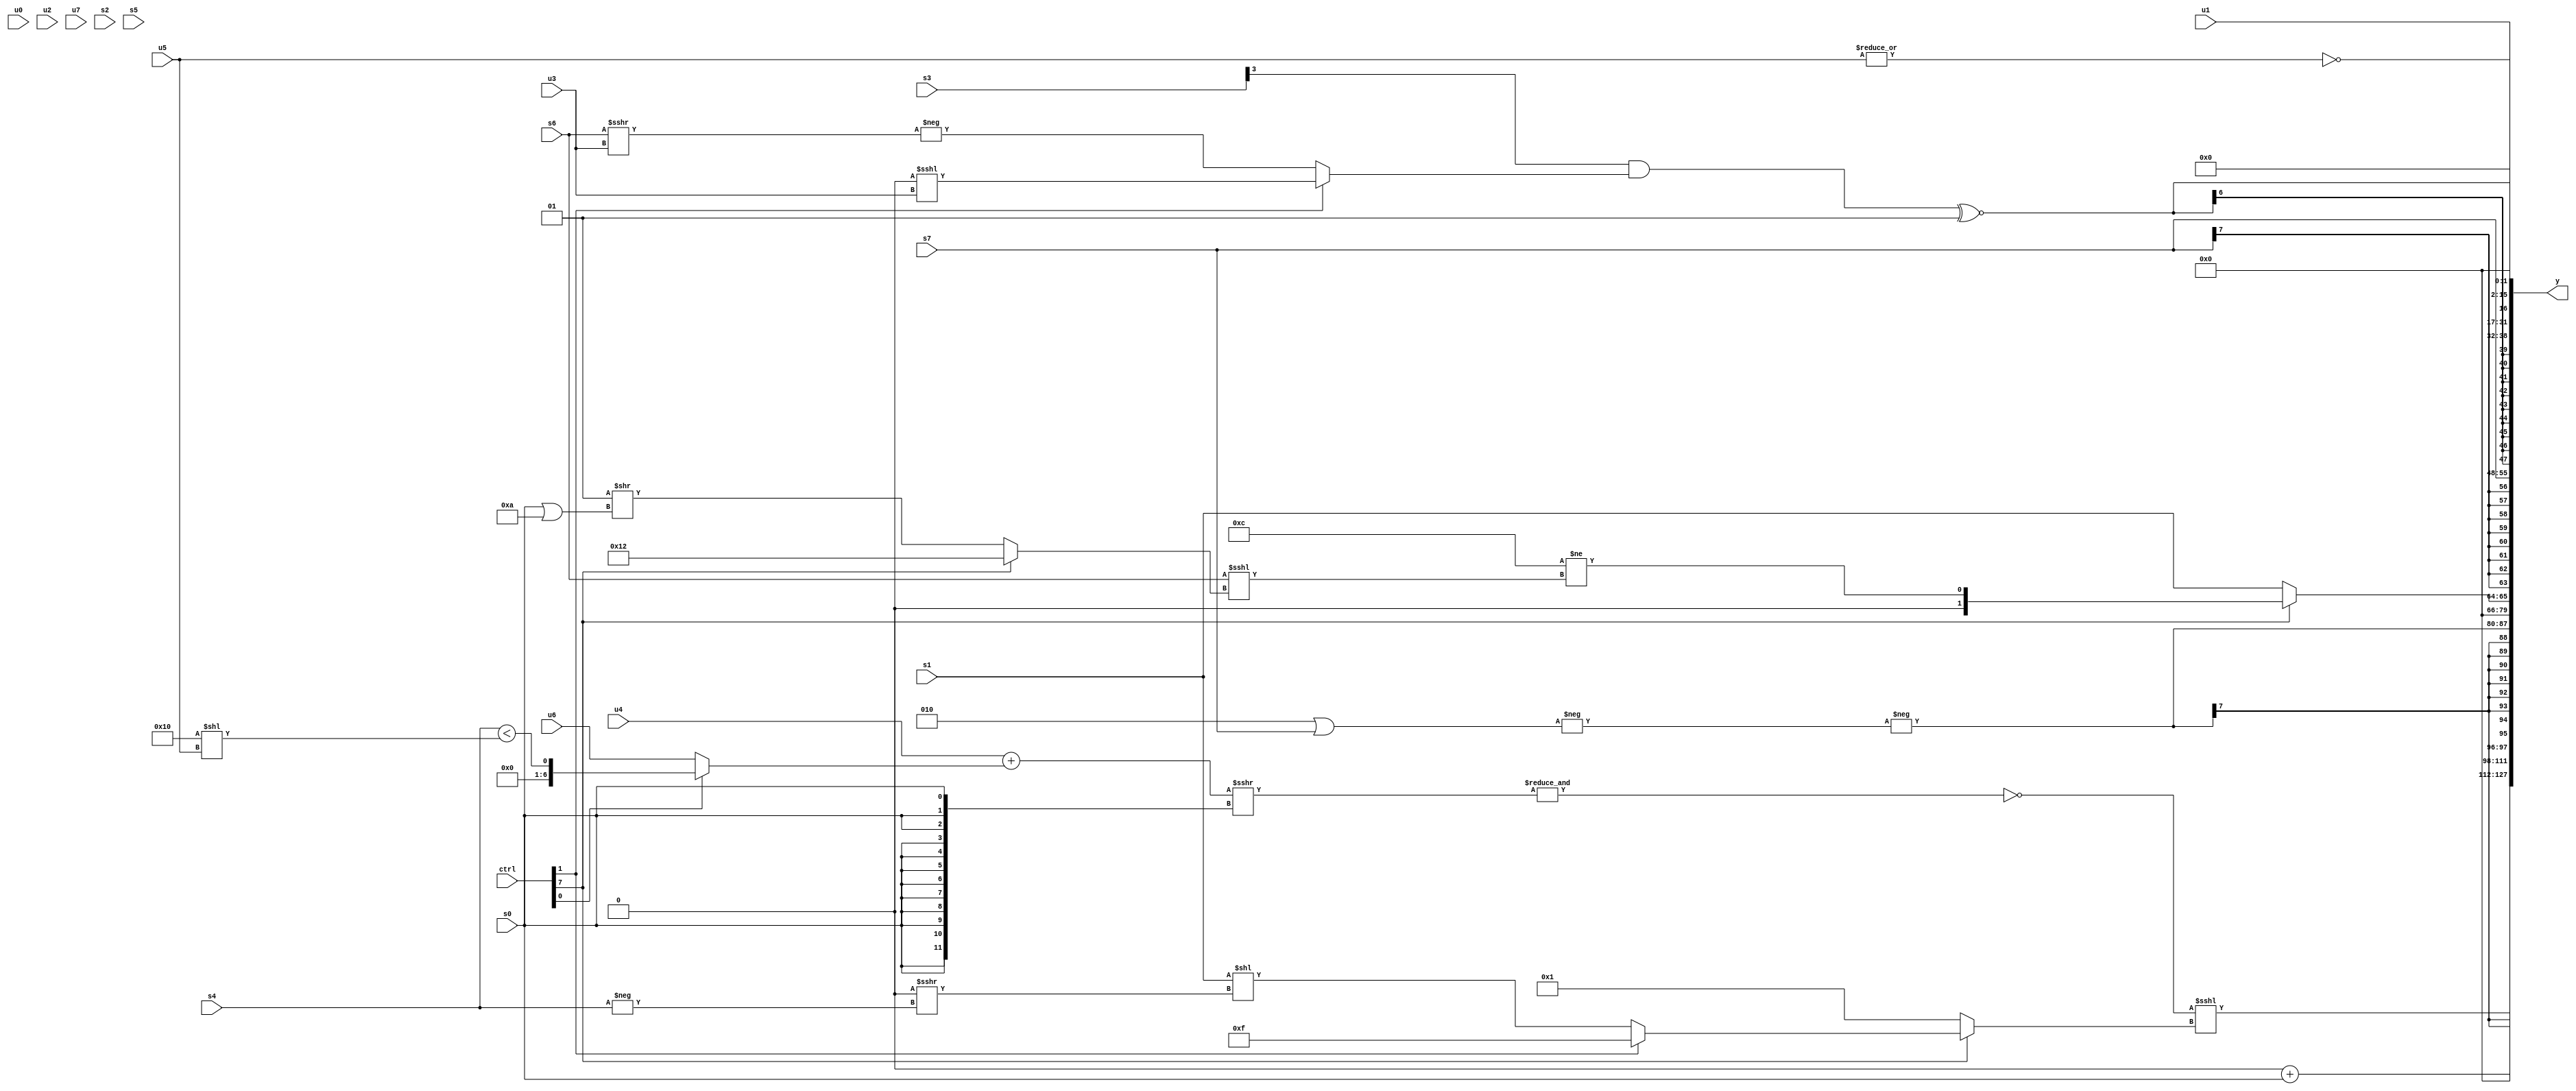
module wideexpr_00226(ctrl, u0, u1, u2, u3, u4, u5, u6, u7, s0, s1, s2, s3, s4, s5, s6, s7, y);
  input [7:0] ctrl;
  input [0:0] u0;
  input [1:0] u1;
  input [2:0] u2;
  input [3:0] u3;
  input [4:0] u4;
  input [5:0] u5;
  input [6:0] u6;
  input [7:0] u7;
  input signed [0:0] s0;
  input signed [1:0] s1;
  input signed [2:0] s2;
  input signed [3:0] s3;
  input signed [4:0] s4;
  input signed [5:0] s5;
  input signed [6:0] s6;
  input signed [7:0] s7;
  output [127:0] y;
  wire [15:0] y0;
  wire [15:0] y1;
  wire [15:0] y2;
  wire [15:0] y3;
  wire [15:0] y4;
  wire [15:0] y5;
  wire [15:0] y6;
  wire [15:0] y7;
  assign y = {y0,y1,y2,y3,y4,y5,y6,y7};
  assign y0 = (~&(((u4)+((ctrl[0]?(1'sb0)^((s4)<((6'sb110000)<<(u5))):u6)))>>>({3{{4{s0}}}})))<<<((ctrl[7]?{1{(ctrl[1]?4'sb1111:(s1)<<((((s6)>(3'sb011))<<<(6'sb000110))>>>($signed(-(s4)))))}}:{1{(6'sb011000)!=($signed($signed($signed($signed(3'sb011)))))}}));
  assign y1 = $unsigned((-(2'sb00))+(s0));
  assign y2 = $signed(-(-((-(3'sb110))|(s7))));
  assign y3 = (ctrl[7]?+((6'sb001100)!=((s6)<<<((ctrl[7]?$signed(6'sb010010):(3'sb001)>>((s0)|((-(3'sb000))|(5'sb01010))))))):s1);
  assign y4 = s7;
  assign y5 = $signed($signed($signed((((s3)>>>(-(+(3'sb011))))&((ctrl[1]?($signed(1'sb0))<<<(u3):-((s6)>>>(u3)))))^~(2'sb01))));
  assign y6 = ~|(u5);
  assign y7 = u1;
endmodule